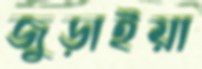
জুড়াইয়া